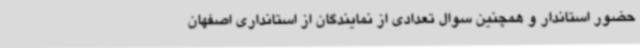
حضور استاندار و همچنین سوال تعدادی از نمایندگان از استانداری اصفهان